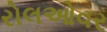
રોલઓવર